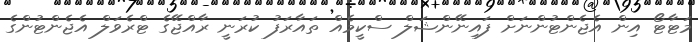
މަޓާޓޯ އިން އެޖެންޓުންނަށް ފައިނޭންޝަލް ސްކީމެއް ތައާރަފު ކުރަނީ ރާއްޖޭގެ ޓްރެވަލް އެޖެންޓުންގެ